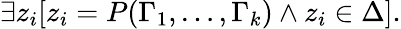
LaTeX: \exists z_{i}[z_{i}=P(\Gamma_{1},\dots,\Gamma_{k})\land z_{i}\in\Delta].